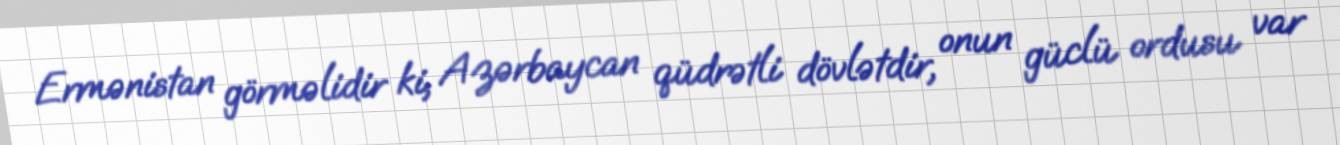
Ermənistan görməlidir ki, Azərbaycan qüdrətli dövlətdir, onun güclü ordusu var